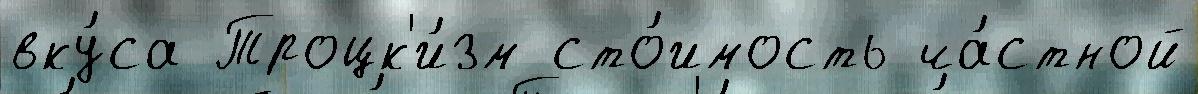
вку́са Троцк'и́зм сто́имость ча́стной